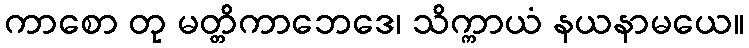
ကာစော တု မတ္တိကာဘေဒေ၊ သိက္ကာယံ နယနာမယေ။